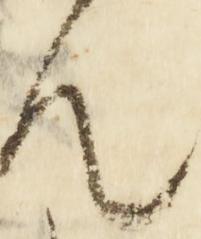
ん